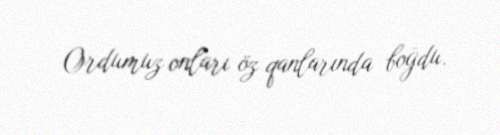
Ordumuz onları öz qanlarında boğdu.